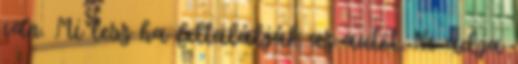
van. Mi lesz ha feltalálják az autót. Ne adja